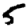
Digit: 5